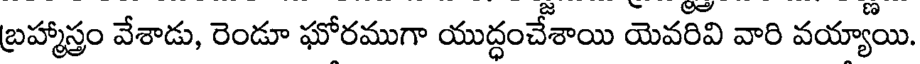
బ్రహ్మాస్త్రం వేశాడు, రెండూ ఘోరముగా యుద్ధంచేశాయి యెవరివి వారి వయ్యాయి.